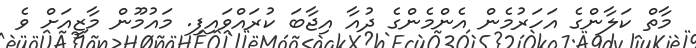
މާތް ކަލާންގެ އަހަރުމެން އެންމެންގެ ދުއާ އިޖާބަ ކުރައްވައިފި. މައުމޫން މާޒީއަށް ވެ